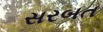
સરબત